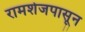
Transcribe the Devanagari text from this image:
रामशेजपासून